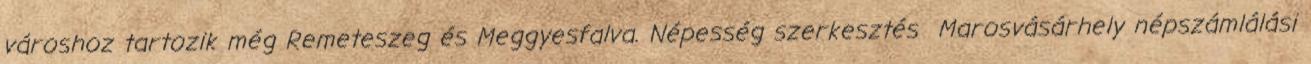
városhoz tartozik még Remeteszeg és Meggyesfalva. Népesség szerkesztés Marosvásárhely népszámlálási